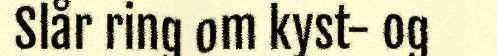
Slår ring om kyst- og